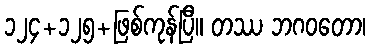
၁၂၄+၁၂၅+ဖြစ်ကုန်ပြီ။ တဿ ဘဂဝတော၊